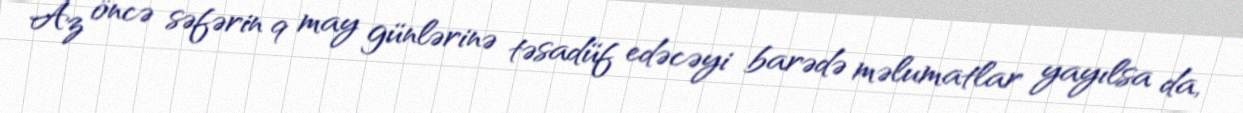
Az öncə səfərin 9 may günlərinə təsadüf edəcəyi barədə məlumatlar yayılsa da,